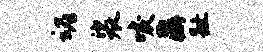
魂裟唳鼐趾